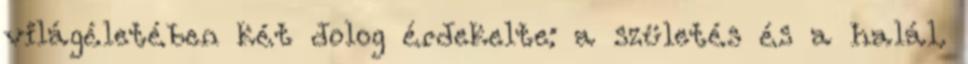
világéletében két dolog érdekelte: a születés és a halál.